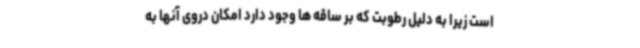
است زیرا به دلیل رطوبت که بر ساقه ها وجود دارد امکان دروی آنها به